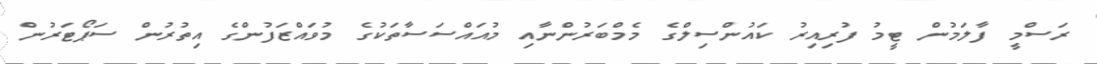
ރަސްމީ ފާލަމުން ޓީމު ފުރިއިރު ކައުންސިލްގެ މެމްބަރުންނާއި މުއައްސަސާތަކުގެ މުވައްޒަފުންގެ އިތުރުން ސަޕޯޓަރުން